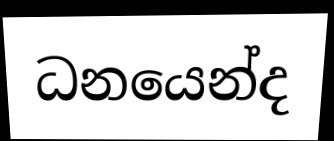
ධනයෙන්ද